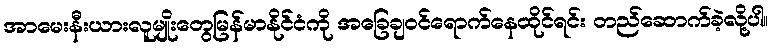
အာမေးနီးယားလူမျိုးတွေမြန်မာနိုင်ငံကို အခြေချဝင်ရောက်နေထိုင်ရင်း တည်ဆောက်ခဲ့လို့ပါ။